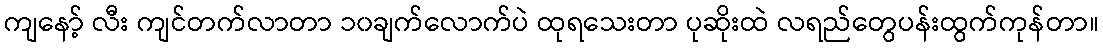
ကျနော့် လီး ကျင်တက်လာတာ ၁၀ချက်လောက်ပဲ ထုရသေးတာ ပုဆိုးထဲ လရည်တွေပန်းထွက်ကုန်တာ။